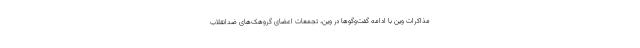
مذاکرات وین با ادامه گفت‌وگوها در وین، تجمعات اعضای گروهک‌های ضدانقلاب